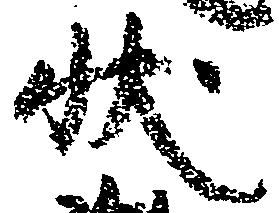
状